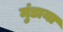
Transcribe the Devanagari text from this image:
मुंडाया